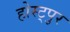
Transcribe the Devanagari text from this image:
होस्ट्पुर